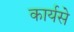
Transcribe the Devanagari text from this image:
कार्यसे